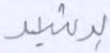
برشيد